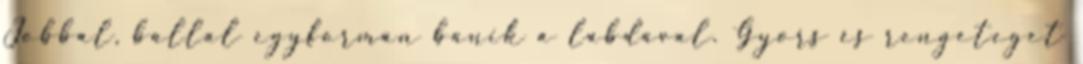
Jobbal, ballal egyformán bánik a labdával. Gyors és rengeteget